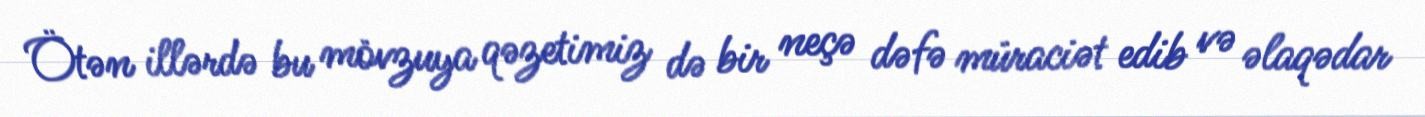
Ötən illərdə bu mövzuya qəzetimiz də bir neçə dəfə müraciət edib və əlaqədar